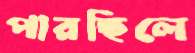
পারছিলে